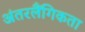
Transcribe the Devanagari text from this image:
अंतरलैंगिकता